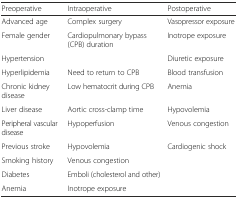
<table><thead><tr><td><b>Preoperative</b></td><td><b>Intraoperative</b></td><td><b>Postoperative</b></td></tr></thead><tbody><tr><td>Advanced age</td><td>Complex surgery</td><td>Vasopressor exposure</td></tr><tr><td>Female gender</td><td>Cardiopulmonary bypass (CPB) duration</td><td>Inotrope exposure</td></tr><tr><td>Hypertension</td><td></td><td>Diuretic exposure</td></tr><tr><td>Hyperlipidemia</td><td>Need to return to CPB</td><td>Blood transfusion</td></tr><tr><td>Chronic kidney disease</td><td>Low hematocrit during CPB</td><td>Anemia</td></tr><tr><td>Liver disease</td><td>Aortic cross-clamp time</td><td>Hypovolemia</td></tr><tr><td>Peripheral vascular disease</td><td>Hypoperfusion</td><td>Venous congestion</td></tr><tr><td>Previous stroke</td><td>Hypovolemia</td><td>Cardiogenic shock</td></tr><tr><td>Smoking history</td><td>Venous congestion</td><td></td></tr><tr><td>Diabetes</td><td>Emboli (cholesterol and other)</td><td></td></tr><tr><td>Anemia</td><td>Inotrope exposure</td><td></td></tr></tbody></table>